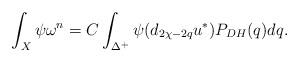
LaTeX: \begin{align*}\int_X\psi\omega^n = C\int_{\Delta^+} \psi(d_{2\chi-2q}u^*)P_{DH}(q) dq. \end{align*}